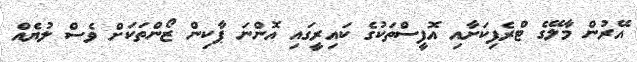
އޭރުން މާލޭގެ ޓްރެފިކަށާއި އޮފީސްތަކުގެ ކައިރީގައި އޮންނަ ޕާކިން ޒޯންތަކަށް ވެސް ލުޔެއް